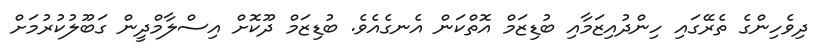
ދިވެހިންގެ ތެރޭގައި ހިންދުއިޒަމާއި ބުޑިޒަމް އޮތްކަން އެނގެއެވެ. ބުޑިޒަމް ދޫކޮށް އިސްލާމްދީން ގަބޫލުކުރުމަށް